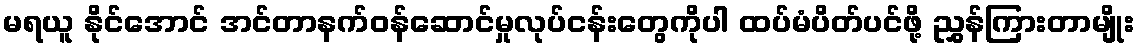
မရယူ နိုင်အောင် အင်တာနက်ဝန်ဆောင်မှုလုပ်ငန်းတွေကိုပါ ထပ်မံပိတ်ပင်ဖို့ ညွှန်ကြားတာမျိုး